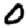
Digit: 0